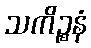
သကိဉ္စနံ